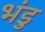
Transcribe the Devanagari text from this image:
भंडु